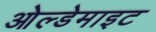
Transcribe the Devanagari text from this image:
ओल्डेमाइट